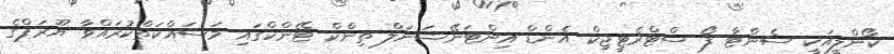
ކޯންލީއަކީ ސެންޓާ ފޯ ސްޓްރެޓީޖިކް އެންޑް އިންޓަނޭޝަނަލް ތިންކް ޓޭންކްގައި މަސައްކަތްކުރައްވާ ޔޫރަޕްގެ